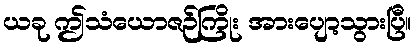
ယခု ဤသံယောဇဉ်ကြိုး အားပျော့သွားပြီ။